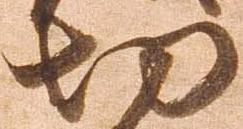
切